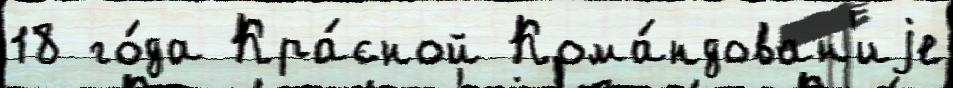
18 го́да Кра́сной Кома́ндован'иjе